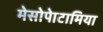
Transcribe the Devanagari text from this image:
मेसोपेाटामिया